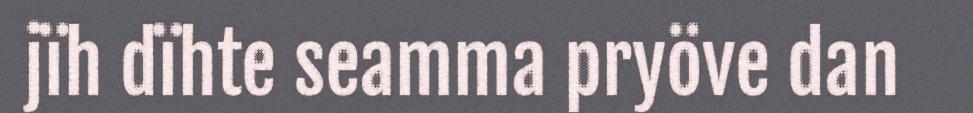
jïh dïhte seamma pryöve dan